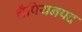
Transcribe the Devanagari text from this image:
चँपियनपद